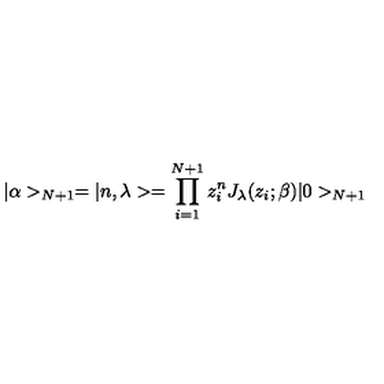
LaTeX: | \alpha > _ { N + 1 } = | n , \lambda > = \prod _ { i = 1 } ^ { N + 1 } z _ { i } ^ { n } J _ { \lambda } ( z _ { i } ; \beta ) | 0 > _ { N + 1 }